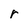
Character: r